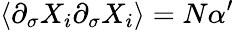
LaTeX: \langle\partial_{\sigma}X_{i}\partial_{\sigma}X_{i}\rangle=N\alpha^{\prime}